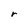
Character: r